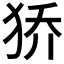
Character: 𰡊